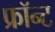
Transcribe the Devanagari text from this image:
फ्रॉन्ट